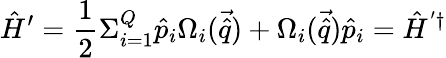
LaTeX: \hat{H}^{\prime}=\frac{1}{2}\Sigma_{i=1}^{Q}\hat{p}_{i}\Omega_{i}(\vec{\hat{q}})+\Omega_{i}(\vec{\hat{q}})\hat{p}_{i}=\hat{H}^{'\dagger}